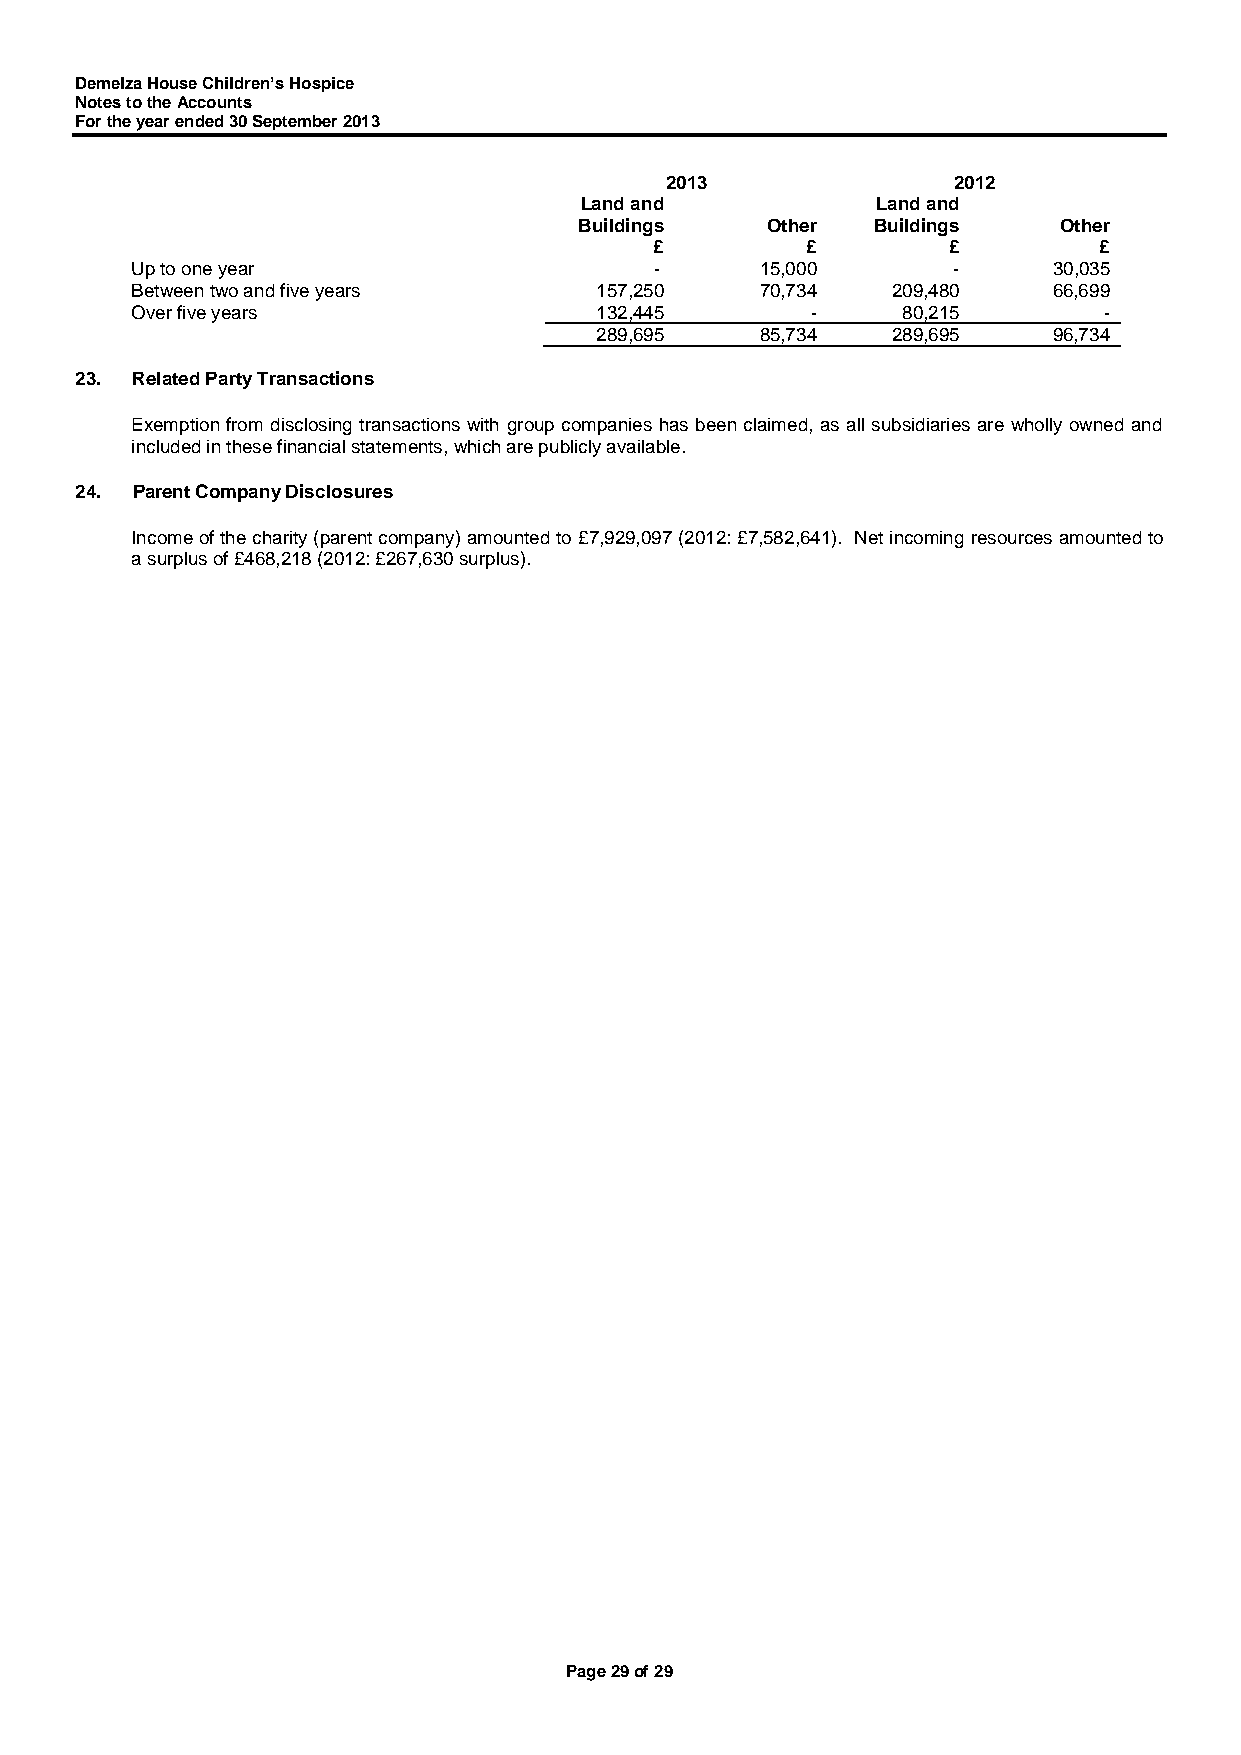
Demelza House Children’s Hospice
 Notes to the Accounts
 For the year ended 30 September 2013
 2013               2012
 Land and            Land and
 Buildings    Other  Buildings   Other
 £         £         £         £
 Up to one year                    -      15,000       -      30,035
 Between two and five years    157,250    70,734   209,480    66,699
 Over five years               132,445        -     80,215       -
 289,695    85,734   289,695    96,734
 23. Related Party Transactions
 Exemption from disclosing transactions with group companies has been claimed, as all subsidiaries are wholly owned and
 included in these financial statements, which are publicly available.
 24. Parent Company Disclosures
 Income of the charity (parent company) amounted to £7,929,097 (2012: £7,582,641). Net incoming resources amounted to
 a surplus of £468,218 (2012: £267,630 surplus).
 Page 29 of 29